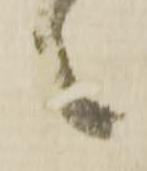
々